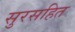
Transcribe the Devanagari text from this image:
सुरसहित